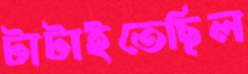
টাটাইতেছিল